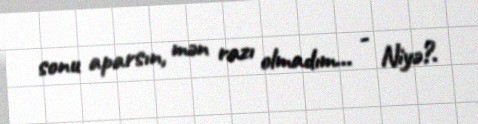
sonu aparsın, mən razı olmadım... - Niyə?.